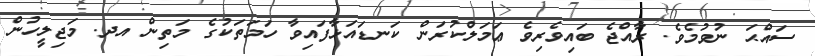
ސައްޙަ ނުވުމެވެ. ރާއްޖެ ބައިވެރިވެ ޢަމަލްކުރަން ކަނޑައަޅާފައިވާ ހަމަތަކުގެ މަތިން އދ. މަޖިލީހުން